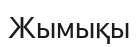
Жымықы